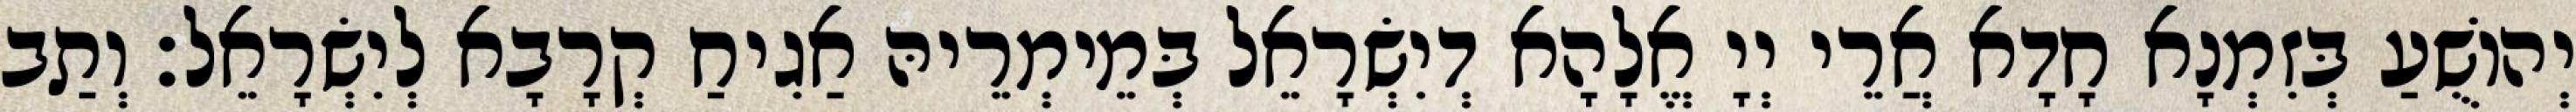
יְהוֹשֻׁעַ בְּזִמְנָא חָדָא אֲרֵי יְיָ אֱלָהָא דְיִשְׂרָאֵל בְּמֵימְרֵיהּ אַגִיחַ קְרָבָא לְיִשְׂרָאֵל׃ וְתַב